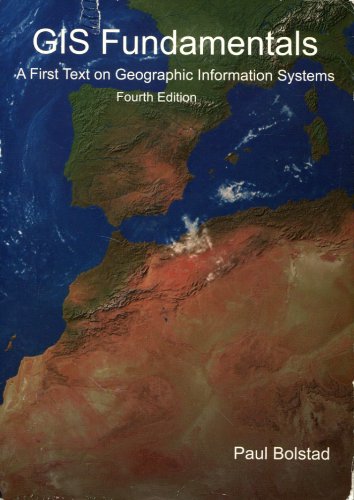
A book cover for GIS Fundamentals: A First Text on Geographic Information Systems, 4th edition; Paul Bolstad; Science & Math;